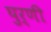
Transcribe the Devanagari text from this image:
घुर्णी